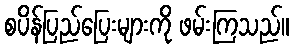
စပိန်ပြည်ပြေးများကို ဖမ်းကြသည်။